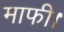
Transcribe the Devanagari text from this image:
माफी।